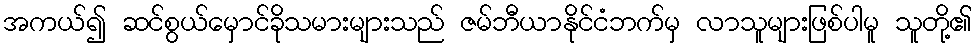
အကယ်၍ ဆင်စွယ်မှောင်ခိုသမားများသည် ဇမ်ဘီယာနိုင်ငံဘက်မှ လာသူများဖြစ်ပါမူ သူတို့၏